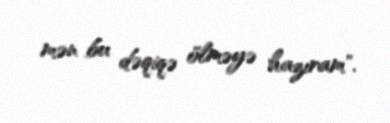
mən bu dəqiqə ölməyə hazıram".